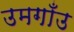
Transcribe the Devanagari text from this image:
उमगाँउ